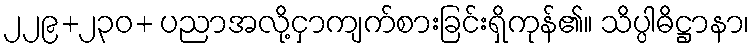
၂၂၉+၂၃၀+ ပညာအလို့ငှာကျက်စားခြင်းရှိကုန်၏။ သိပ္ပါဓိဋ္ဌာနာ၊